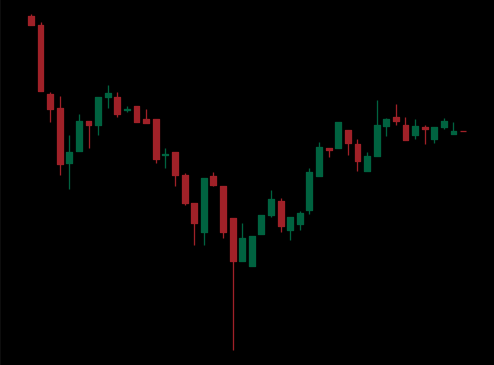
Pattern: inverse_head_shoulders